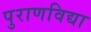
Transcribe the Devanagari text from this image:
पुराणविद्या